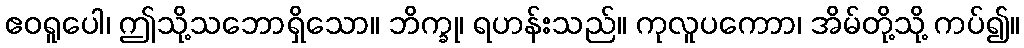
ဧဝရူပေါ၊ ဤသို့သဘောရှိသော။ ဘိက္ခု၊ ရဟန်းသည်။ ကုလူပကောာ၊ အိမ်တို့သို့ ကပ်၍။